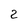
Character: 2